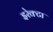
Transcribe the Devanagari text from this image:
इरेक्टा